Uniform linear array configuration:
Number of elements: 24
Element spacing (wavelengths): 1
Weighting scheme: kaiser
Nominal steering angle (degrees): -60
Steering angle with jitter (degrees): -58.119
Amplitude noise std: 0.05
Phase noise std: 0.05

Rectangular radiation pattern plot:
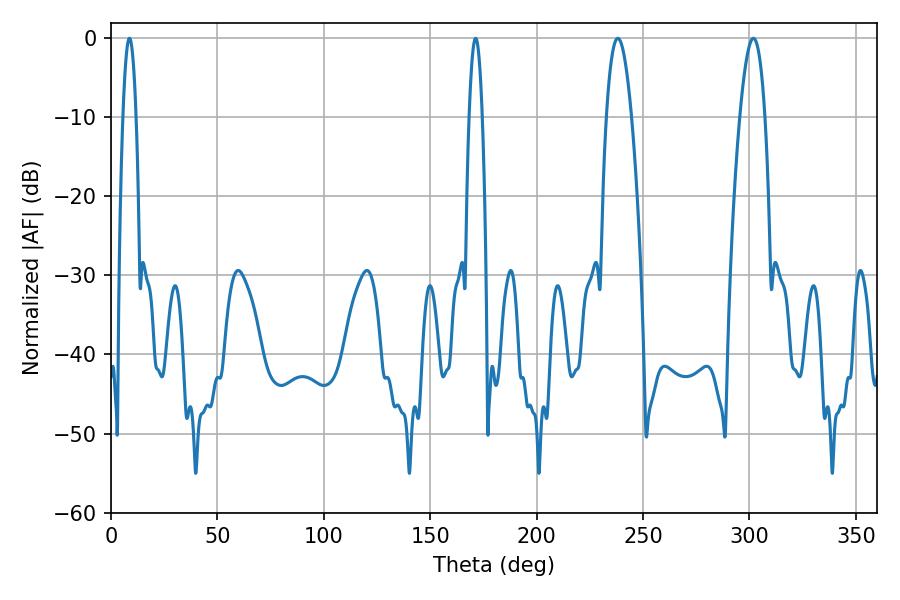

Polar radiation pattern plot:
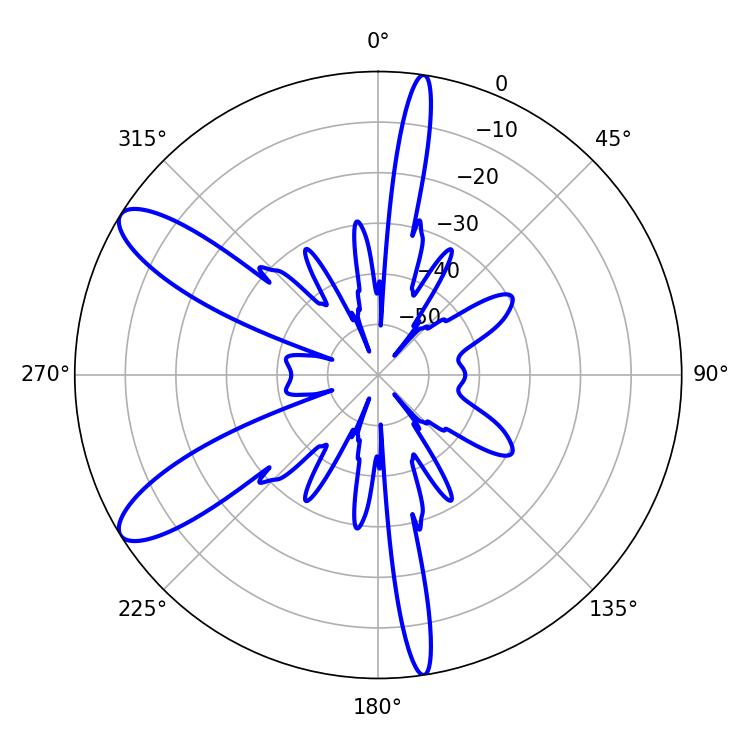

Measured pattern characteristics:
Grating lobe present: TRUE
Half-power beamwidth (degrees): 6.48
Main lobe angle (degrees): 238.14